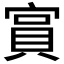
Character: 𫳧